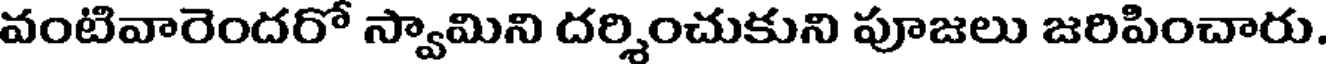
వంటివారెందరో స్వామిని దర్శించుకుని పూజలు జరిపించారు